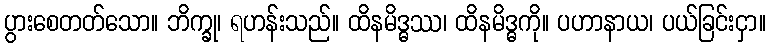
ပွားစေတတ်သော။ ဘိက္ခု၊ ရဟန်းသည်။ ထိနမိဒ္ဓဿ၊ ထိနမိဒ္ဓကို။ ပဟာနာယ၊ ပယ်ခြင်းငှာ။